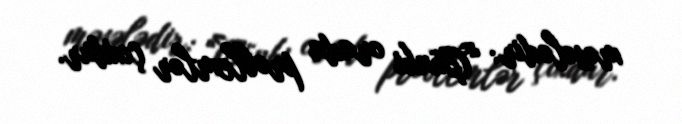
məsələdir: “Çünki orada problemlər çoxdur.